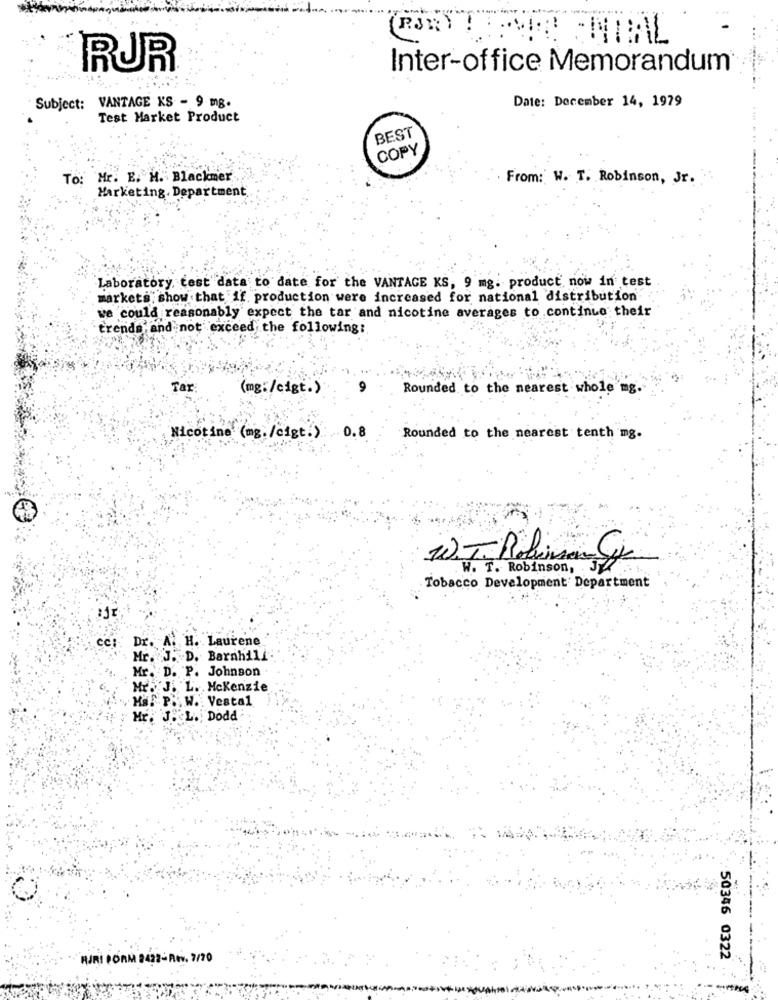
RUR
Inter-office Memorandum®
Subject: VANTAGE KS - 9 mg.
Date: December 14, 1979
Test Market Product
BEST
COPY
To: Mr. E. M. Blackmer
From: W. T. Robinson, Jr.
Marketing. Department
Laboratory, test data to date for the VANTAGE KS, 9 mg. product now in test
markets show that if production were increased for national distribution"
we could reasonably expect the tar and nicotine averages to continue their
trends and not exceed the following:
Tar
Rounded to the nearest whole mg.
(mg:/cigt.)
Nicotine (mg./cigt.) 0.8
Rounded to the nearest tenth mg.
W. T. Robinson,
Tobacco Development' Department
cc :
Dr. A. H. Laurene
Mr. J. D. Barnhill
Mr. D. P. Johnson
Mr. J. L. Mckenzie
P. W .: Vestal
ME: J. L. Doda
HJRI PORM 2432- Rev. 7/20
50346 0322